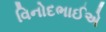
વિનોદભાઈએ